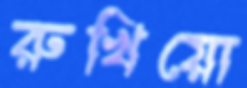
রুখিয়ো